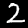
Digit: 2